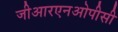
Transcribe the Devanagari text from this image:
जीआरएनओपीसी